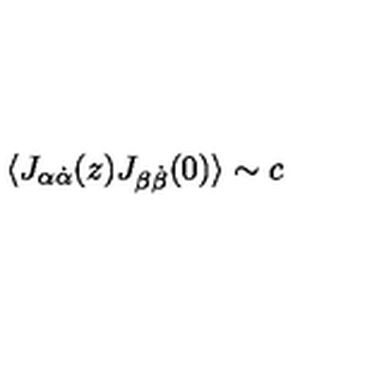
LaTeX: \langle J _ { \alpha \dot { \alpha } } ( z ) J _ { \beta \dot { \beta } } ( 0 ) \rangle \sim { c }